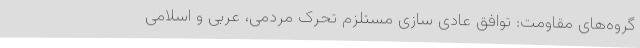
گروه‌های مقاومت: توافق عادی سازی مستلزم تحرک مردمی، عربی و اسلامی